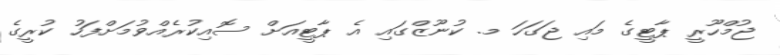
ޖުމްހޫރީ ޕާޓީގެ މައި ޖަގަހަ މ. ކުނޫޒްގައި އެ ޕާޓީއަށް ސޮއިކުރެއްވުމަށްފަހު ކުރީގެ